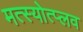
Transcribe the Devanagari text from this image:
मत्स्योत्प्लव